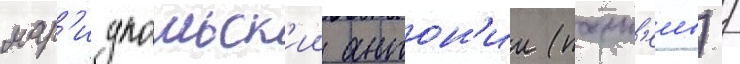
мар'иупольск'ии антон'ии (панк'еев) /